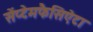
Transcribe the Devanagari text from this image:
सेंप्टेमफैसिऐटा